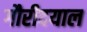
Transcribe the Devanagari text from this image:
गौरीदयाल